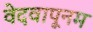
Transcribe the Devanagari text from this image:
वेदवापूनम